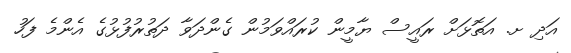
އަދި ށ. އަތޮޅަށް ރައީސް ޔާމީން ކުރައްވަމުން ގެންދަވާ ދަތުރުފުޅުގެ އެންމެ ފަހު